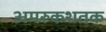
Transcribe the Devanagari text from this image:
अमरुकशतक